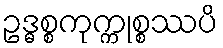
ဥဒ္ဓစ္စကုက္ကုစ္စဿပိ